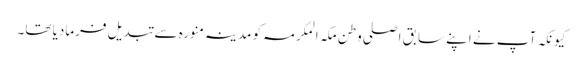
کیونکہ آپ نے اپنے سابق اصلی وطن مکہ المکرمہ کو مدینہ منورہ سے تبدیل فرمادیا تھا۔